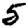
Digit: 5